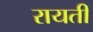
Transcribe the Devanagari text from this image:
रायती